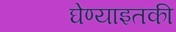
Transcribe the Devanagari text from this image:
घेण्याइतकी